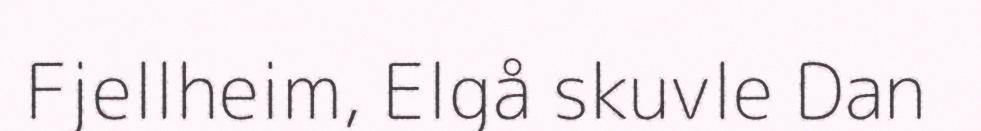
Fjellheim, Elgå skuvle Dan